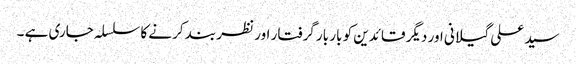
سید علی گیلانی اور دیگر قائدین کو بار بار گرفتار اور نظر بند کرنے کا سلسلہ جاری ہے ۔